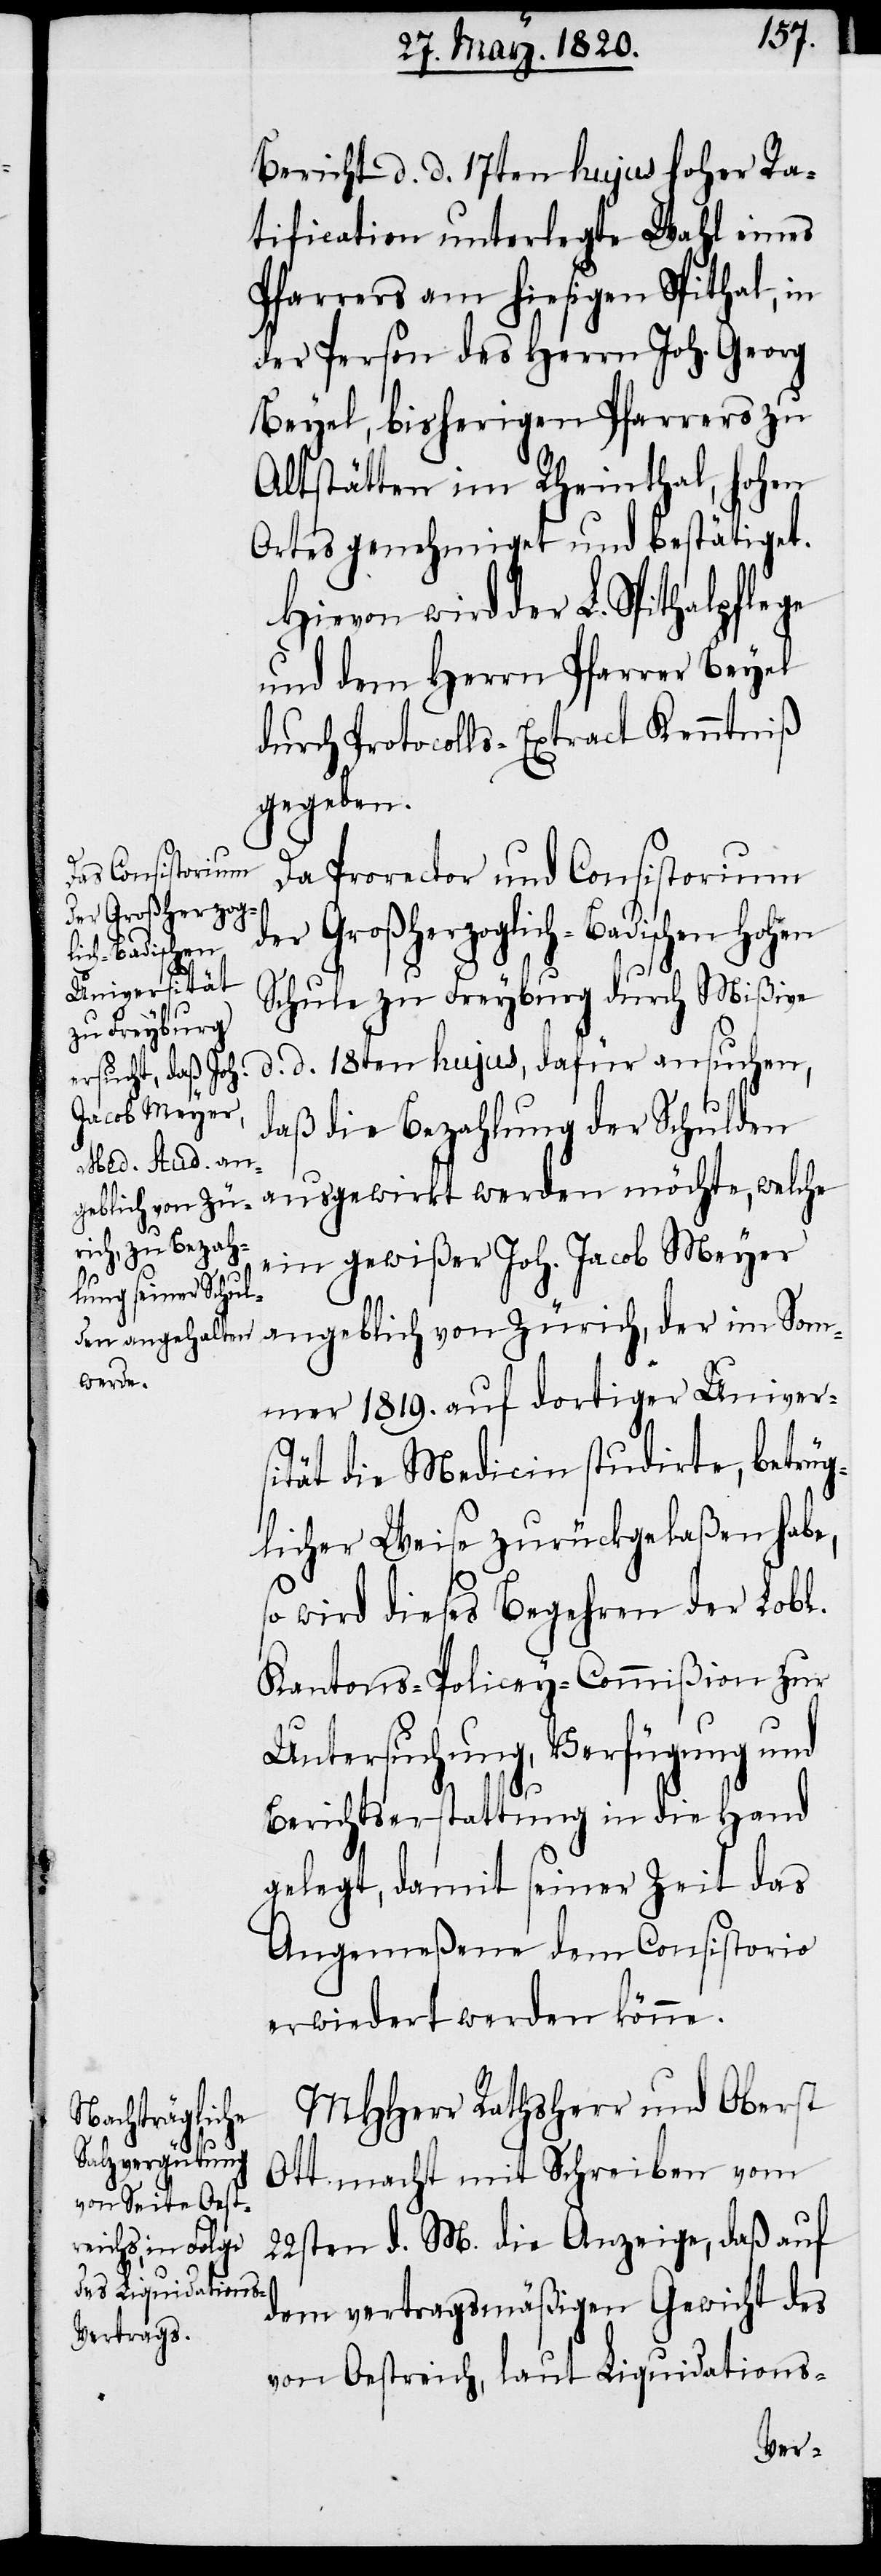
Bericht d. d. 17ten hujus hoher Ra¬
tification unterlegte Wahl eines
Pfarrers an hiesigen Spithal, in
der Person des Herrn Joh. Georg
Beyel, bisherigen Pfarrers zu
Altstätten im Rheinthal, hohen
Ortes genehmiget und bestätiget.
Hievon wird der L. Spithalpflege
und dem Herrn Pfarrer Beyel
durch Protocolls-Extract Kenntniß
gegeben.
Da Prorector und Consistorium
der Großherzoglich-Badischen hohen
Schule zu Freyburg durch Mißive
daß die Bezahlung der Schulden
ein gewißer Joh. Jacob Meyer
d.
So¬
werden
mmer 1819. auf dortiger Univer¬
sität die Medicin studirte, betrüg¬
licher Weise zurückgelaßen habe,
so wird dieses Begehren der Lobl.
Kantons-Policey-Commißion zur
Untersuchung, Verfügung und
Berichterstattung in die Hand
gelegt, damit seiner Zeit das
Angemeßene dem Consistorio
erwiedert werden könne.
MHHerr Rathsherr und Oberst
Ott macht mit Schreiben vom
22sten d. M. die Anzeige, daß auf
rich, der
dem vertragsmäßigen Gewicht des
von Oestreich, laut Liquidations-